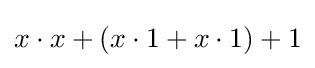
x\cdot x+(x\cdot 1+x\cdot 1)+1